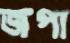
জপা